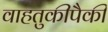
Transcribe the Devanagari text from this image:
वाहतुकीपैकी